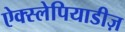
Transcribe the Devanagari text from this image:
ऐक्स्लेपियाडीज़